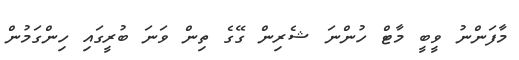
މާފަންނު ވީބީ މާޓް ހުންނަ ޝެރިން ގޭގެ ތިން ވަނަ ބުރީގައި ހިންގަމުން